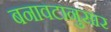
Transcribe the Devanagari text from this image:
बनावटानुसार